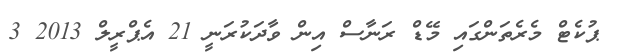
ޕުކެޓް މެރެތަންގައި މޭޑް ރަނާސް އިން ވާދަކުރަނީ 21 އެޕްރީލް 2013 3